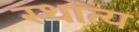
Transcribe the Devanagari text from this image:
स्थात्य